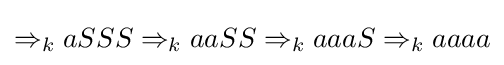
\Rightarrow _{k}aSSS\Rightarrow _{k}aaSS\Rightarrow _{k}aaaS\Rightarrow _{k}aaaa